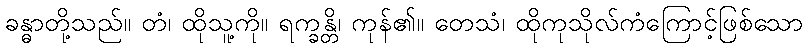
ခန္ဓာတို့သည်။ တံ၊ ထိုသူ့ကို။ ရက္ခန္တိ၊ ကုန်၏။ တေသံ၊ ထိုကုသိုလ်ကံကြောင့်ဖြစ်သော